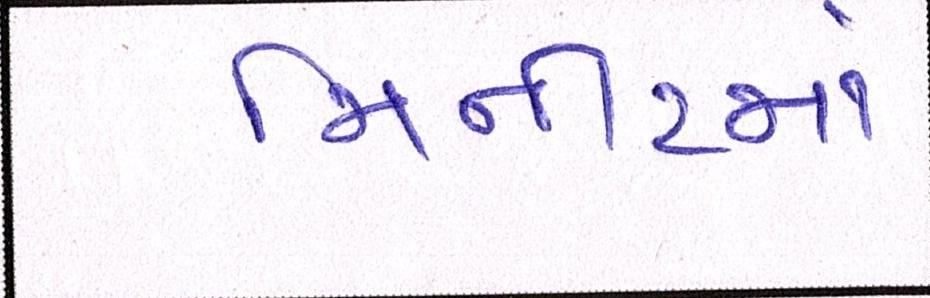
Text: મિનીટમાં